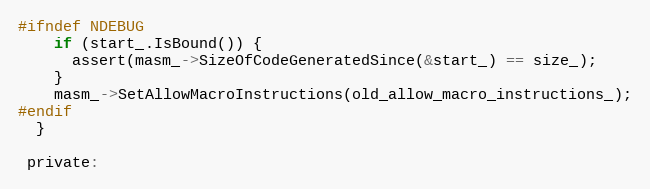
Language: C
#ifndef NDEBUG
    if (start_.IsBound()) {
      assert(masm_->SizeOfCodeGeneratedSince(&start_) == size_);
    }
    masm_->SetAllowMacroInstructions(old_allow_macro_instructions_);
#endif
  }

 private: